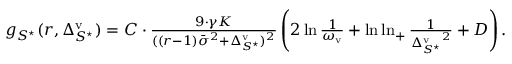
\begin{array} { r } { g _ { S ^ { \star } } ( r , \Delta _ { S ^ { \star } } ^ { \mathrm { v } } ) = C \cdot \frac { 9 \cdot \gamma K } { ( ( r - 1 ) \bar { \sigma } ^ { 2 } + \Delta _ { S ^ { \star } } ^ { \mathrm { v } } ) ^ { 2 } } \left( 2 \ln \frac { 1 } { \omega _ { \mathrm { v } } } + \ln \ln _ { + } \frac { 1 } { { \Delta _ { S ^ { \star } } ^ { \mathrm { v } } } ^ { 2 } } + D \right) . } \end{array}